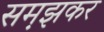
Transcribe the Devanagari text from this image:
सम़झकर